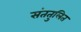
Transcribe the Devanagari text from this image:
संततुलित